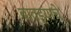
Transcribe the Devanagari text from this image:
बावड्याचे